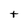
Character: t